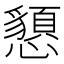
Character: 𢤧